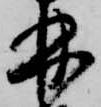
林